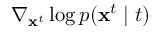
\nabla _ { \mathbf { x } ^ { t } } \log p ( \mathbf { x } ^ { t } \mid t )